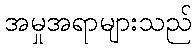
အမှုအရာများသည်